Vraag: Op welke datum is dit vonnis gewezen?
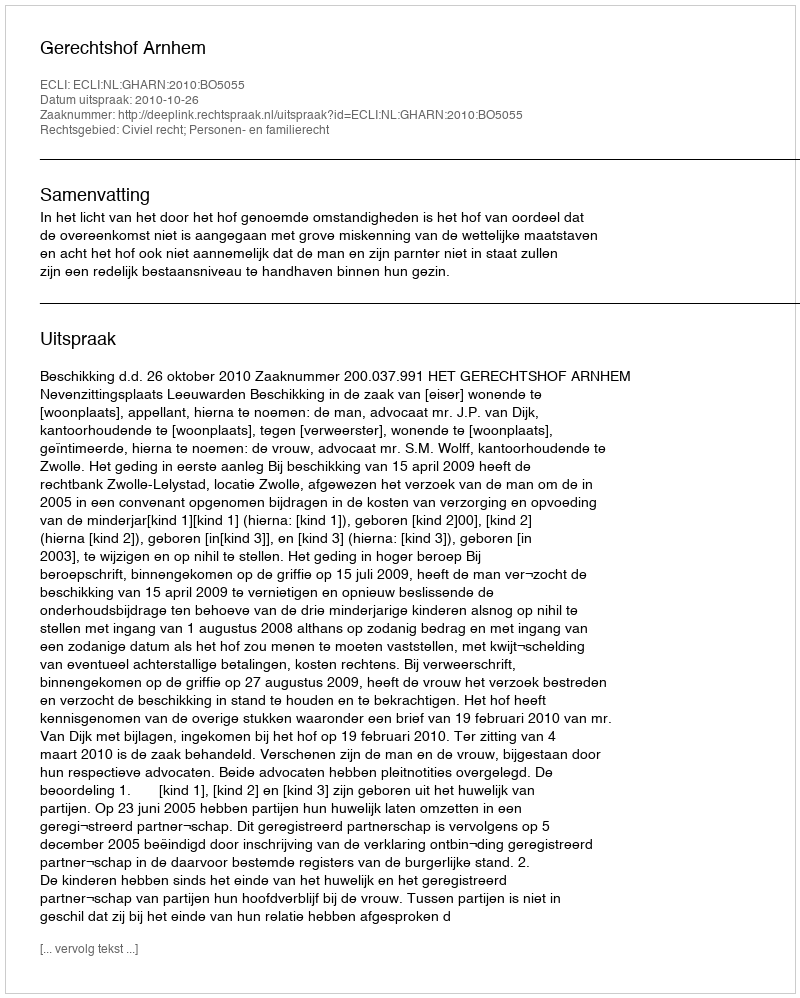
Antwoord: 2010-10-26